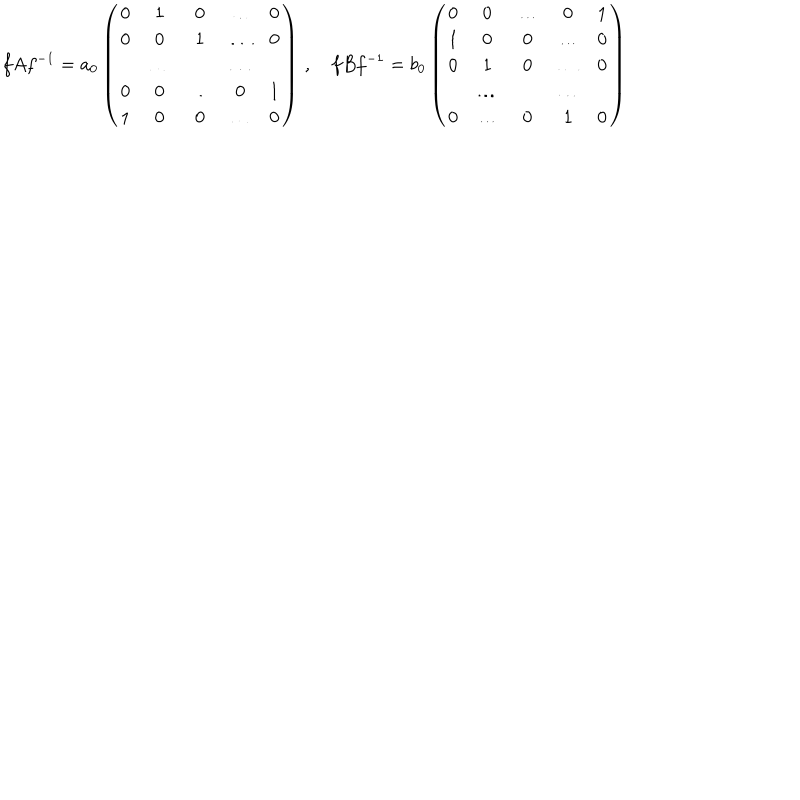
f A f ^ { - 1 } = a _ { 0 } \left( \begin{matrix} { { 0 } } & { { 1 } } & { { 0 } } & { { \ldots } } & { { 0 } } \\ { { 0 } } & { { 0 } } & { { 1 } } & { { \ldots } } & { { 0 } } \\ { { } } & { { \ldots } } & { { } } & { { \dots } } & { { } } \\ { { 0 } } & { { 0 } } & { { \dots } } & { { 0 } } & { { 1 } } \\ { { 1 } } & { { 0 } } & { { 0 } } & { { \dots } } & { { 0 } } \\ \end{matrix} \right) \, , f B f ^ { - 1 } = b _ { 0 } \left( \begin{matrix} { { 0 } } & { { 0 } } & { { \dots } } & { { 0 } } & { { 1 } } \\ { { 1 } } & { { 0 } } & { { 0 } } & { { \dots } } & { { 0 } } \\ { { 0 } } & { { 1 } } & { { 0 } } & { { \ldots } } & { { 0 } } \\ { { } } & { { \ldots } } & { { } } & { { \dots } } & { { } } \\ { { 0 } } & { { \ldots } } & { { 0 } } & { { 1 } } & { { 0 } } \\ \end{matrix} \right)